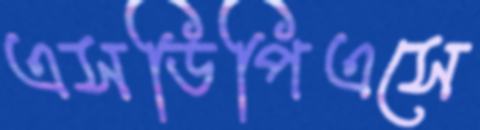
এসডিপিএসে